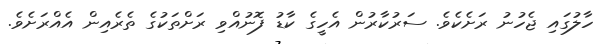
ހާލުގައި ޖެހުނު ރަށެކެވެ. ސަރުކާރުން އެހީގެ ކާޑު ފޮނުއްވި ރަށްތަކުގެ ތެރެއިން އެއްރަށެވެ.